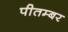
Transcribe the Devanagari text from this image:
पीतम्बर